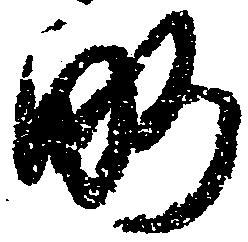
略